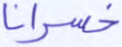
خسرانا